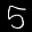
Label: 5